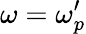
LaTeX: \omega=\omega_{p}^{\prime}